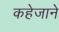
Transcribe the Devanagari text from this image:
कहेजाने